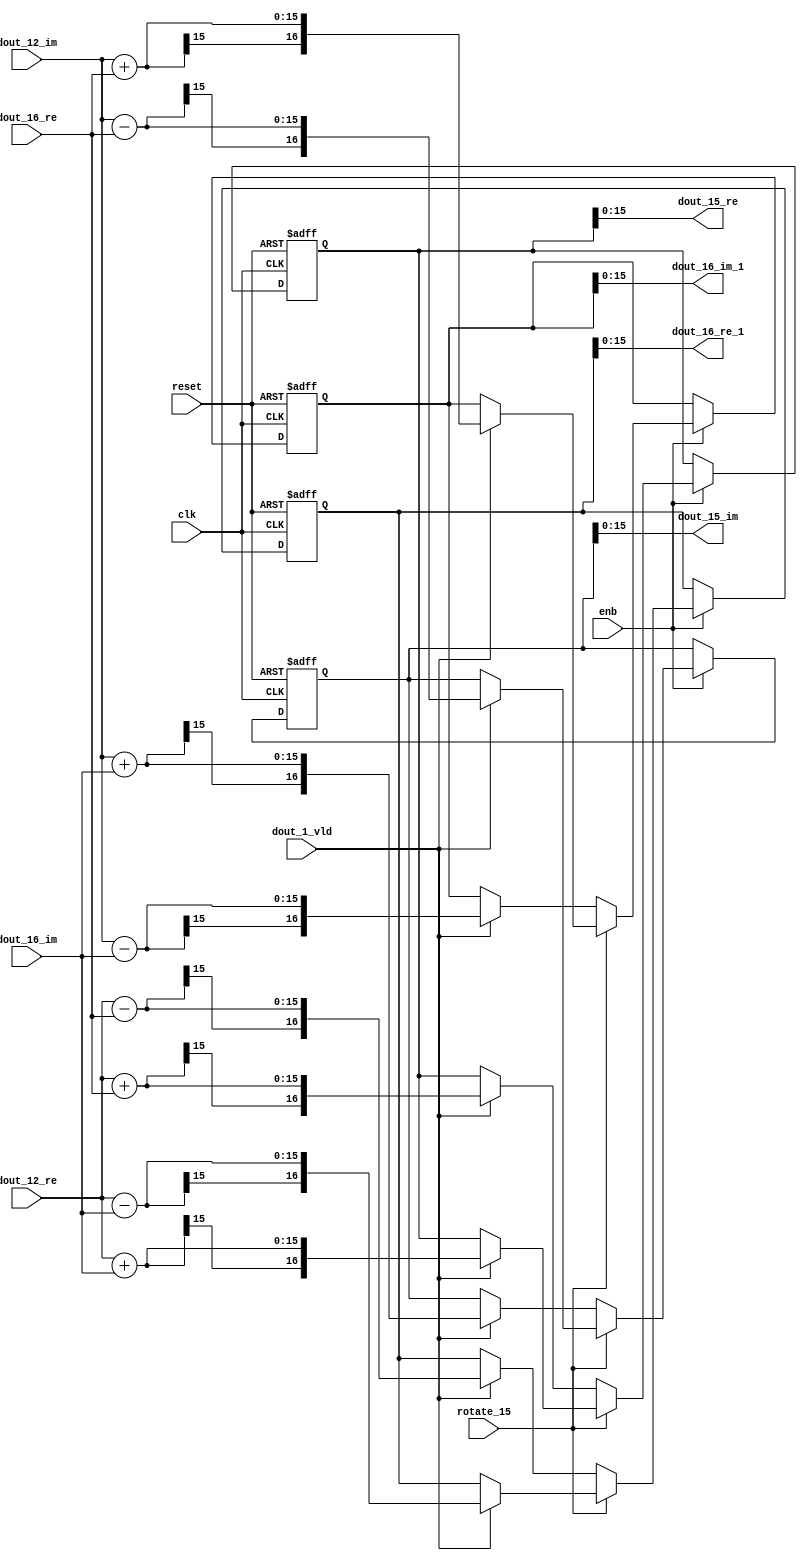
// -------------------------------------------------------------
// 
// 
// Generated by MATLAB 9.14 and HDL Coder 4.1
// 
// -------------------------------------------------------------


// -------------------------------------------------------------
// 
// Module: RADIX22FFT_SDNF2_4_block6
// Source Path: RSP/RSP/Velocity Processor/Doppler Processing/Doppler Processor/FFT/RADIX22FFT_SDNF2_4
// Hierarchy Level: 5
// 
// -------------------------------------------------------------

`timescale 1 ns / 1 ns

module RADIX22FFT_SDNF2_4_block6
          (clk,
           reset,
           enb,
           rotate_15,
           dout_12_re,
           dout_12_im,
           dout_16_re,
           dout_16_im,
           dout_1_vld,
           dout_15_re,
           dout_15_im,
           dout_16_re_1,
           dout_16_im_1);


  input   clk;
  input   reset;
  input   enb;
  input   rotate_15;  // ufix1
  input   signed [14:0] dout_12_re;  // sfix15_En10
  input   signed [14:0] dout_12_im;  // sfix15_En10
  input   signed [14:0] dout_16_re;  // sfix15_En10
  input   signed [14:0] dout_16_im;  // sfix15_En10
  input   dout_1_vld;
  output  signed [15:0] dout_15_re;  // sfix16_En10
  output  signed [15:0] dout_15_im;  // sfix16_En10
  output  signed [15:0] dout_16_re_1;  // sfix16_En10
  output  signed [15:0] dout_16_im_1;  // sfix16_En10


  wire signed [15:0] din1_re;  // sfix16_En10
  wire signed [15:0] din1_im;  // sfix16_En10
  wire signed [15:0] din2_re;  // sfix16_En10
  wire signed [15:0] din2_im;  // sfix16_En10
  reg  Radix22ButterflyG2_NF_din_vld_dly;
  reg signed [16:0] Radix22ButterflyG2_NF_btf1_re_reg;  // sfix17
  reg signed [16:0] Radix22ButterflyG2_NF_btf1_im_reg;  // sfix17
  reg signed [16:0] Radix22ButterflyG2_NF_btf2_re_reg;  // sfix17
  reg signed [16:0] Radix22ButterflyG2_NF_btf2_im_reg;  // sfix17
  reg  Radix22ButterflyG2_NF_din_vld_dly_next;
  reg signed [16:0] Radix22ButterflyG2_NF_btf1_re_reg_next;  // sfix17_En10
  reg signed [16:0] Radix22ButterflyG2_NF_btf1_im_reg_next;  // sfix17_En10
  reg signed [16:0] Radix22ButterflyG2_NF_btf2_re_reg_next;  // sfix17_En10
  reg signed [16:0] Radix22ButterflyG2_NF_btf2_im_reg_next;  // sfix17_En10
  reg signed [15:0] dout_15_re_1;  // sfix16_En10
  reg signed [15:0] dout_15_im_1;  // sfix16_En10
  reg signed [15:0] dout_16_re_2;  // sfix16_En10
  reg signed [15:0] dout_16_im_2;  // sfix16_En10
  reg  dout_4_vld;
  reg signed [16:0] Radix22ButterflyG2_NF_add_cast;  // sfix17_En10
  reg signed [16:0] Radix22ButterflyG2_NF_add_cast_0;  // sfix17_En10
  reg signed [16:0] Radix22ButterflyG2_NF_add_cast_1;  // sfix17_En10
  reg signed [16:0] Radix22ButterflyG2_NF_add_cast_2;  // sfix17_En10
  reg signed [16:0] Radix22ButterflyG2_NF_sub_cast;  // sfix17_En10
  reg signed [16:0] Radix22ButterflyG2_NF_sub_cast_0;  // sfix17_En10
  reg signed [16:0] Radix22ButterflyG2_NF_sub_cast_1;  // sfix17_En10
  reg signed [16:0] Radix22ButterflyG2_NF_sub_cast_2;  // sfix17_En10
  reg signed [16:0] Radix22ButterflyG2_NF_add_cast_3;  // sfix17_En10
  reg signed [16:0] Radix22ButterflyG2_NF_add_cast_4;  // sfix17_En10
  reg signed [16:0] Radix22ButterflyG2_NF_add_cast_5;  // sfix17_En10
  reg signed [16:0] Radix22ButterflyG2_NF_add_cast_6;  // sfix17_En10
  reg signed [16:0] Radix22ButterflyG2_NF_sub_cast_3;  // sfix17_En10
  reg signed [16:0] Radix22ButterflyG2_NF_sub_cast_4;  // sfix17_En10
  reg signed [16:0] Radix22ButterflyG2_NF_sub_cast_5;  // sfix17_En10
  reg signed [16:0] Radix22ButterflyG2_NF_sub_cast_6;  // sfix17_En10


  assign din1_re = {dout_12_re[14], dout_12_re};



  assign din1_im = {dout_12_im[14], dout_12_im};



  assign din2_re = {dout_16_re[14], dout_16_re};



  assign din2_im = {dout_16_im[14], dout_16_im};



  // Radix22ButterflyG2_NF
  always @(posedge clk or posedge reset)
    begin : Radix22ButterflyG2_NF_process
      if (reset == 1'b1) begin
        Radix22ButterflyG2_NF_din_vld_dly <= 1'b0;
        Radix22ButterflyG2_NF_btf1_re_reg <= 17'sb00000000000000000;
        Radix22ButterflyG2_NF_btf1_im_reg <= 17'sb00000000000000000;
        Radix22ButterflyG2_NF_btf2_re_reg <= 17'sb00000000000000000;
        Radix22ButterflyG2_NF_btf2_im_reg <= 17'sb00000000000000000;
      end
      else begin
        if (enb) begin
          Radix22ButterflyG2_NF_din_vld_dly <= Radix22ButterflyG2_NF_din_vld_dly_next;
          Radix22ButterflyG2_NF_btf1_re_reg <= Radix22ButterflyG2_NF_btf1_re_reg_next;
          Radix22ButterflyG2_NF_btf1_im_reg <= Radix22ButterflyG2_NF_btf1_im_reg_next;
          Radix22ButterflyG2_NF_btf2_re_reg <= Radix22ButterflyG2_NF_btf2_re_reg_next;
          Radix22ButterflyG2_NF_btf2_im_reg <= Radix22ButterflyG2_NF_btf2_im_reg_next;
        end
      end
    end

  always @(Radix22ButterflyG2_NF_btf1_im_reg, Radix22ButterflyG2_NF_btf1_re_reg,
       Radix22ButterflyG2_NF_btf2_im_reg, Radix22ButterflyG2_NF_btf2_re_reg,
       Radix22ButterflyG2_NF_din_vld_dly, din1_im, din1_re, din2_im, din2_re,
       dout_1_vld, rotate_15) begin
    Radix22ButterflyG2_NF_add_cast_1 = 17'sb00000000000000000;
    Radix22ButterflyG2_NF_add_cast_2 = 17'sb00000000000000000;
    Radix22ButterflyG2_NF_sub_cast_1 = 17'sb00000000000000000;
    Radix22ButterflyG2_NF_sub_cast_2 = 17'sb00000000000000000;
    Radix22ButterflyG2_NF_add_cast_5 = 17'sb00000000000000000;
    Radix22ButterflyG2_NF_add_cast_6 = 17'sb00000000000000000;
    Radix22ButterflyG2_NF_sub_cast_5 = 17'sb00000000000000000;
    Radix22ButterflyG2_NF_sub_cast_6 = 17'sb00000000000000000;
    Radix22ButterflyG2_NF_add_cast = 17'sb00000000000000000;
    Radix22ButterflyG2_NF_add_cast_0 = 17'sb00000000000000000;
    Radix22ButterflyG2_NF_sub_cast = 17'sb00000000000000000;
    Radix22ButterflyG2_NF_sub_cast_0 = 17'sb00000000000000000;
    Radix22ButterflyG2_NF_add_cast_3 = 17'sb00000000000000000;
    Radix22ButterflyG2_NF_add_cast_4 = 17'sb00000000000000000;
    Radix22ButterflyG2_NF_sub_cast_3 = 17'sb00000000000000000;
    Radix22ButterflyG2_NF_sub_cast_4 = 17'sb00000000000000000;
    Radix22ButterflyG2_NF_btf1_re_reg_next = Radix22ButterflyG2_NF_btf1_re_reg;
    Radix22ButterflyG2_NF_btf1_im_reg_next = Radix22ButterflyG2_NF_btf1_im_reg;
    Radix22ButterflyG2_NF_btf2_re_reg_next = Radix22ButterflyG2_NF_btf2_re_reg;
    Radix22ButterflyG2_NF_btf2_im_reg_next = Radix22ButterflyG2_NF_btf2_im_reg;
    Radix22ButterflyG2_NF_din_vld_dly_next = dout_1_vld;
    if (rotate_15 != 1'b0) begin
      if (dout_1_vld) begin
        Radix22ButterflyG2_NF_add_cast_1 = {din1_re[15], din1_re};
        Radix22ButterflyG2_NF_add_cast_2 = {din2_im[15], din2_im};
        Radix22ButterflyG2_NF_btf1_re_reg_next = Radix22ButterflyG2_NF_add_cast_1 + Radix22ButterflyG2_NF_add_cast_2;
        Radix22ButterflyG2_NF_sub_cast_1 = {din1_re[15], din1_re};
        Radix22ButterflyG2_NF_sub_cast_2 = {din2_im[15], din2_im};
        Radix22ButterflyG2_NF_btf2_re_reg_next = Radix22ButterflyG2_NF_sub_cast_1 - Radix22ButterflyG2_NF_sub_cast_2;
        Radix22ButterflyG2_NF_add_cast_5 = {din1_im[15], din1_im};
        Radix22ButterflyG2_NF_add_cast_6 = {din2_re[15], din2_re};
        Radix22ButterflyG2_NF_btf2_im_reg_next = Radix22ButterflyG2_NF_add_cast_5 + Radix22ButterflyG2_NF_add_cast_6;
        Radix22ButterflyG2_NF_sub_cast_5 = {din1_im[15], din1_im};
        Radix22ButterflyG2_NF_sub_cast_6 = {din2_re[15], din2_re};
        Radix22ButterflyG2_NF_btf1_im_reg_next = Radix22ButterflyG2_NF_sub_cast_5 - Radix22ButterflyG2_NF_sub_cast_6;
      end
    end
    else if (dout_1_vld) begin
      Radix22ButterflyG2_NF_add_cast = {din1_re[15], din1_re};
      Radix22ButterflyG2_NF_add_cast_0 = {din2_re[15], din2_re};
      Radix22ButterflyG2_NF_btf1_re_reg_next = Radix22ButterflyG2_NF_add_cast + Radix22ButterflyG2_NF_add_cast_0;
      Radix22ButterflyG2_NF_sub_cast = {din1_re[15], din1_re};
      Radix22ButterflyG2_NF_sub_cast_0 = {din2_re[15], din2_re};
      Radix22ButterflyG2_NF_btf2_re_reg_next = Radix22ButterflyG2_NF_sub_cast - Radix22ButterflyG2_NF_sub_cast_0;
      Radix22ButterflyG2_NF_add_cast_3 = {din1_im[15], din1_im};
      Radix22ButterflyG2_NF_add_cast_4 = {din2_im[15], din2_im};
      Radix22ButterflyG2_NF_btf1_im_reg_next = Radix22ButterflyG2_NF_add_cast_3 + Radix22ButterflyG2_NF_add_cast_4;
      Radix22ButterflyG2_NF_sub_cast_3 = {din1_im[15], din1_im};
      Radix22ButterflyG2_NF_sub_cast_4 = {din2_im[15], din2_im};
      Radix22ButterflyG2_NF_btf2_im_reg_next = Radix22ButterflyG2_NF_sub_cast_3 - Radix22ButterflyG2_NF_sub_cast_4;
    end
    dout_15_re_1 = Radix22ButterflyG2_NF_btf1_re_reg[15:0];
    dout_15_im_1 = Radix22ButterflyG2_NF_btf1_im_reg[15:0];
    dout_16_re_2 = Radix22ButterflyG2_NF_btf2_re_reg[15:0];
    dout_16_im_2 = Radix22ButterflyG2_NF_btf2_im_reg[15:0];
    dout_4_vld = Radix22ButterflyG2_NF_din_vld_dly;
  end



  assign dout_15_re = dout_15_re_1;

  assign dout_15_im = dout_15_im_1;

  assign dout_16_re_1 = dout_16_re_2;

  assign dout_16_im_1 = dout_16_im_2;

endmodule  // RADIX22FFT_SDNF2_4_block6